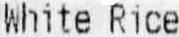
WHITE RICE